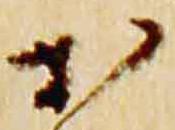
於